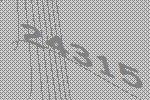
24315